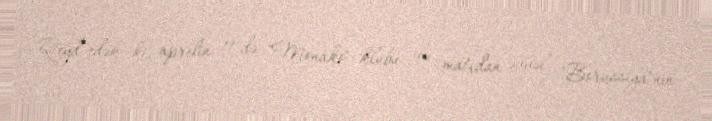
Qeyd edək ki, aprelin 11-də "Monako" klubu ilə matçdan əvvəl "Borussiya"nın